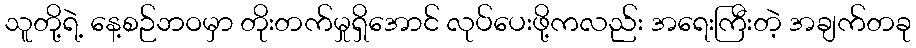
သူတို့ရဲ့ နေ့စဉ်ဘဝမှာ တိုးတက်မှုရှိအောင် လုပ်ပေးဖို့ကလည်း အရေးကြီးတဲ့ အချက်တခု